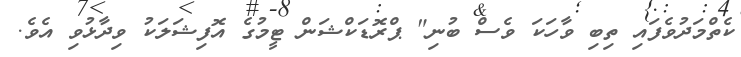
ކެތްމަދުވެފައި ތިބި ވާހަކަ ވެސް ބުނި" ޕްރޮޑަކްޝަން ޓީމުގެ އޮފިޝަލަކު ވިދާޅުވި އެވެ.